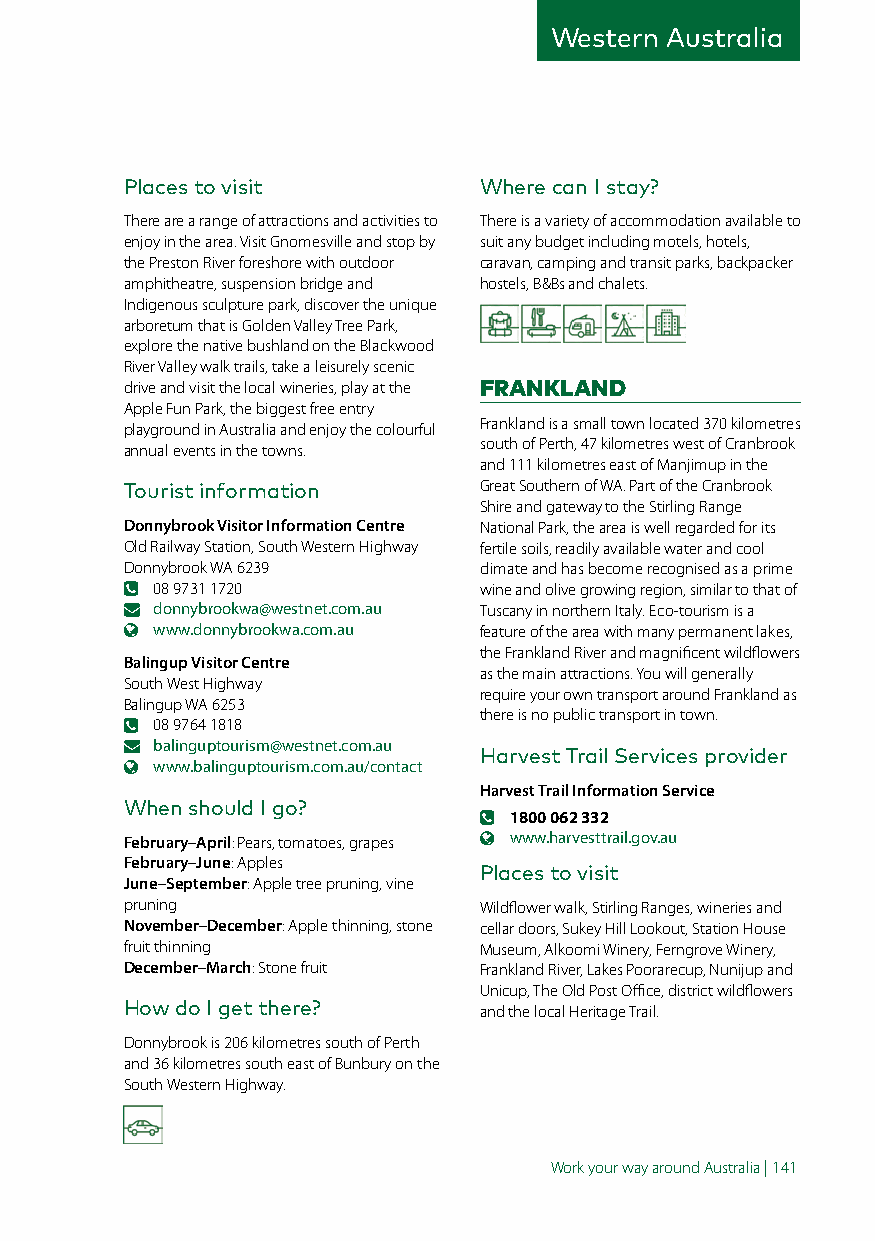
Western Australia
 Places to visit         Where can I stay?
 There are a range of attractions and activities to There is a variety of accommodation available to
 enjoy in the area. Visit Gnomesville and stop by suit any budget including motels, hotels,
 the Preston River foreshore with outdoor caravan, camping and transit parks, backpacker
 amphitheatre, suspension bridge and hostels, B&Bs and chalets.
 Indigenous sculpture park, discover the unique
 arboretum that is Golden Valley Tree Park,
 explore the native bushland on the Blackwood
 River Valley walk trails, take a leisurely scenic
 drive and visit the local wineries, play at the FRANKLAND
 Apple Fun Park, the biggest free entry
 playground in Australia and enjoy the colourful Frankland is a small town located 370 kilometres
 annual events in the towns. south of Perth, 47 kilometres west of Cranbrook
 and 111 kilometres east of Manjimup in the
 Tourist information     Great Southern of WA. Part of the Cranbrook
 Shire and gateway to the Stirling Range
 Donnybrook Visitor Information Centre National Park, the area is well regarded for its
 Old Railway Station, South Western Highway fertile soils, readily available water and cool
 Donnybrook WA 6239      climate and has become recognised as a prime
 08 9731 1720          wine and olive growing region, similar to that of
 donnybrookwa@westnet.com.au Tuscany in northern Italy. Eco-tourism is a
 www.donnybrookwa.com.au feature of the area with many permanent lakes,
 the Frankland River and magnificent wildflowers
 Balingup Visitor Centre
 as the main attractions. You will generally
 South West Highway
 require your own transport around Frankland as
 Balingup WA 6253
 there is no public transport in town.
 08 9764 1818
 balinguptourism@westnet.com.au
 Harvest Trail Services provider
 www.balinguptourism.com.au/contact
 Harvest Trail Information Service
 When should I go?
 1800 062 332
 February–April: Pears, tomatoes, grapes www.harvesttrail.gov.au
 February–June: Apples
 Places to visit
 June–September: Apple tree pruning, vine
 pruning                 Wildflower walk, Stirling Ranges, wineries and
 November–December: Apple thinning, stone cellar doors, Sukey Hill Lookout, Station House
 fruit thinning          Museum, Alkoomi Winery, Ferngrove Winery,
 December–March: Stone fruit Frankland River, Lakes Poorarecup, Nunijup and
 Unicup, The Old Post Office, district wildflowers
 How do I get there?     and the local Heritage Trail.
 Donnybrook is 206 kilometres south of Perth
 and 36 kilometres south east of Bunbury on the
 South Western Highway.
 Work your way around Australia | 141